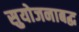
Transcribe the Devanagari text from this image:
सुयोजनाबद्ध